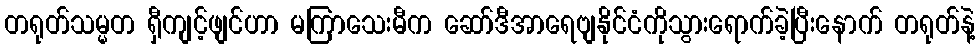
တရုတ်သမ္မတ ရှီကျင့်ဖျင်ဟာ မကြာသေးမီက ဆော်ဒီအာရေဗျနိုင်ငံကိုသွားရောက်ခဲ့ပြီးနောက် တရုတ်နဲ့